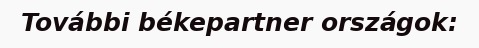
További békepartner országok: